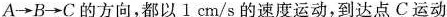
A→B→C的方向，都以l cm/s的速度运动，到达点C运动